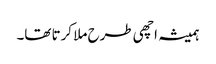
ہمیشہ اچھی طرح ملا کرتا تھا۔